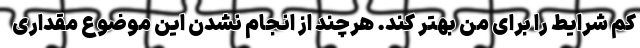
کم شرایط را برای من بهتر کند. هرچند از انجام نشدن این موضوع مقداری